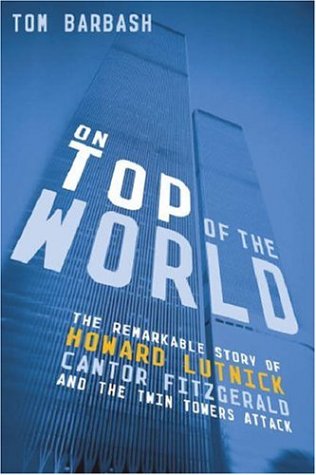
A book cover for On Top of the World; Tom Barbash; Business & Money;